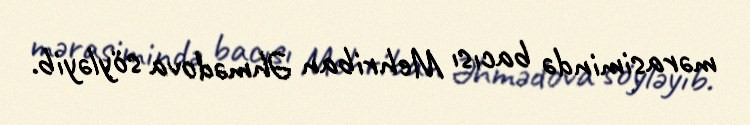
mərasimində bacısı Mehriban Əhmədova söyləyib.